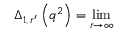
\Delta _ { 1 , \, r ^ { \prime } } \left( q ^ { 2 } \right) = \operatorname * { l i m } _ { r \rightarrow \infty }